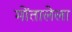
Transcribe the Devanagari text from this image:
मोंतालेला